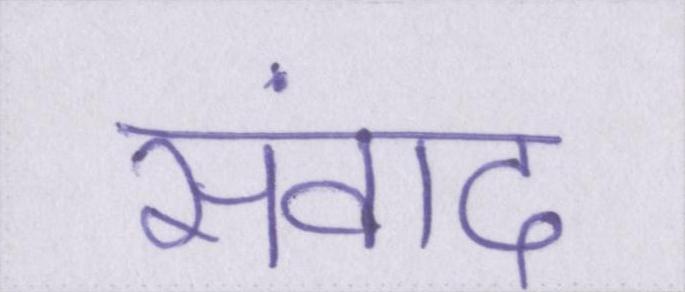
संवाद